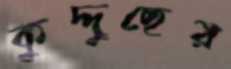
কুদ্দুছের